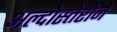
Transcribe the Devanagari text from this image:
अल्दोस्तेरोने